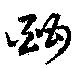
酣